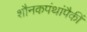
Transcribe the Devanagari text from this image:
शौनकपंथांपैकीं